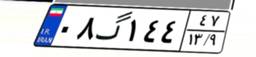
۰۸گ۱۴۴۴۷